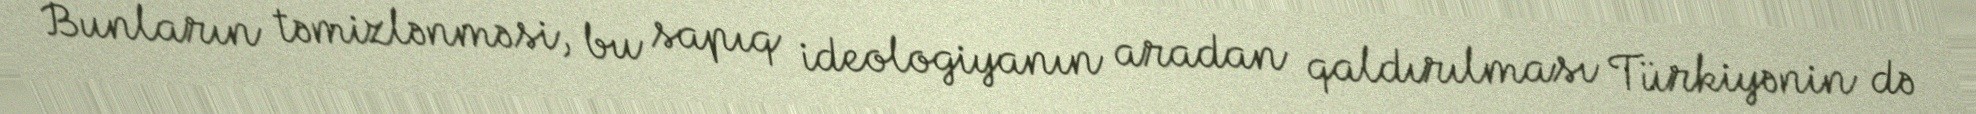
Bunların təmizlənməsi, bu sapıq ideologiyanın aradan qaldırılması Türkiyənin də